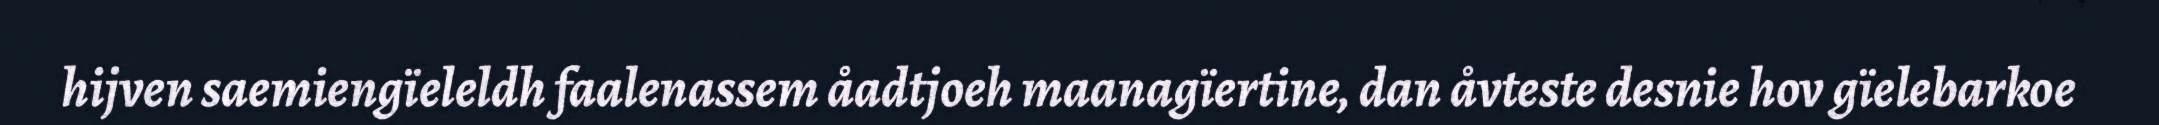
hijven saemiengïeleldh faalenassem åadtjoeh maanagïertine, dan åvteste desnie hov gïelebarkoe